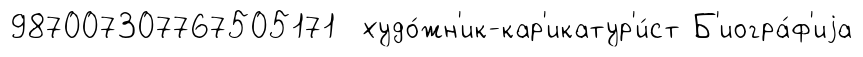
987007307767505171 худо́жн'ик-кар'икатур'и́ст Б'иогра́ф'иjа